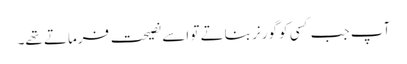
آپ جب کسی کو گورنر بناتے تو اسے نصیحت فرماتے تھے۔